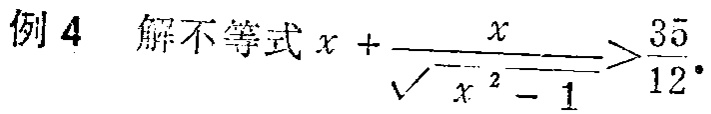
例4 解不等式\(x + \frac{x}{\sqrt{x^{2}-1}}>\frac{35}{12}\)。